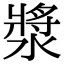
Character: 漿